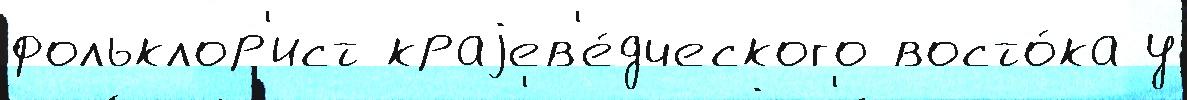
фольклор'ист краjев'е́дческого восто́ка у